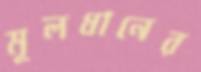
মূলধানের